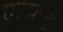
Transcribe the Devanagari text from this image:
एल्फ़र्ड